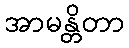
အာမန္တိတာ